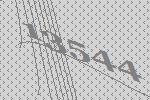
13544